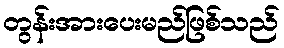
တွန်းအားပေးမည်ဖြစ်သည်